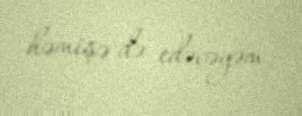
həmişə də edəcəyəm.